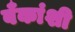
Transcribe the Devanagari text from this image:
बँकांशी